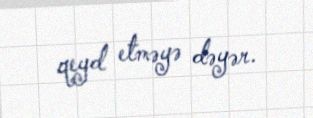
qeyd etməyə dəyər.